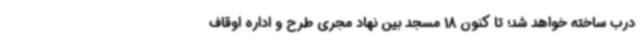
درب ساخته خواهد شد؛ تا کنون 18 مسجد بین نهاد مجری طرح و اداره اوقاف